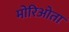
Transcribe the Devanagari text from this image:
मोरिओता